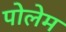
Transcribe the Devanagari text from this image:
पोलेम